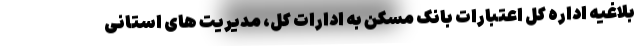
بلاغیه اداره کل اعتبارات بانک مسکن به ادارات کل، مدیریت های استانی